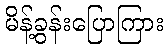
မိန့်ခွန်းပြောကြား